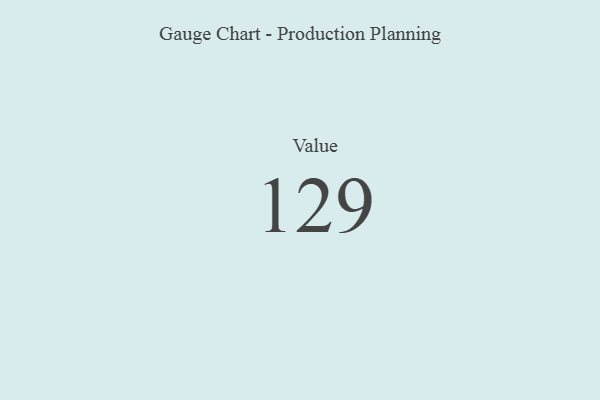
{"axis": {"x": "Metric", "y": "Value"}, "legend": [""], "data": [{"x": "Value", "y": 129, "type": ""}]}